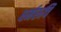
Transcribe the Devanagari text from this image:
धर्मरुचि